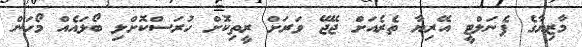
މާޒިޔާގެ ޕެނަލްޓީ އޭރިޔާ ތެރެއަށް ޖޭޖޭ ވަރަށް ރީތިކޮށް ހުރަސްކޮށްލި ބޯޅައެއް މޯހަން